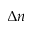
\Delta n